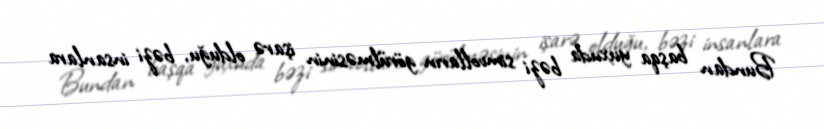
Bundan başqa yuxuda bəzi simvolların görülməsinin işarə olduğu, bəzi insanlara